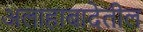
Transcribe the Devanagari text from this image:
अलाहाबादेतील